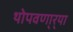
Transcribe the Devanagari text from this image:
थोपवणा्र्‍या